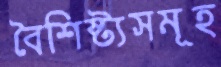
বৈশিষ্ট্যসমূহ